Punjab Mental Hospital Lahore 1932-46 - 1932-1946
Year: 1932
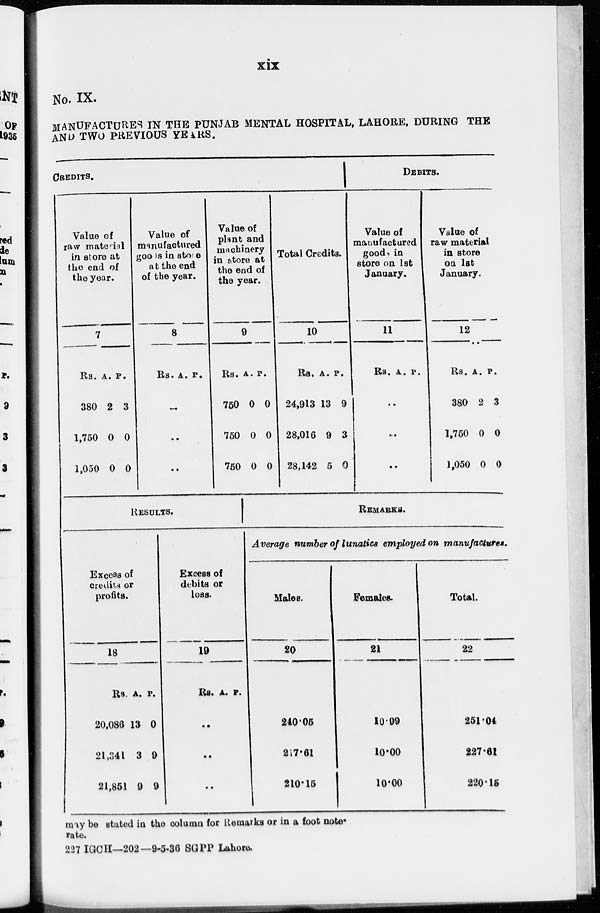
xix
No. IX.
MANUFACTURES IN THE PUNJAB MENTAL HOSPITAL, LAHORE, DURING THE
AND TWO PREVIOUS YEARS.
CREDITS.
Value of
raw material
in store at
the end of
the year.
7
Rs.
380
1,750
1,050
A.
2
0
0
P.
3
0
0
Value of
manufactured
goods in store
at the end
of the year.
8
Rs. A. P.
..
..
..
Value of
plant and
machinery
in store at
the end of
the year.
9
Rs.
750
750
750
A.
0
0
0
P.
0
0
0
Total Credits.
10
Rs.
24,913
28,016
28,142
A.
13
9
5
P.
9
3
0
DEBITS.
Value of
manufactured
goods in
store on 1st
January.
11
Rs. A. P.
..
..
..
Value of
raw material
in store
on 1st
January.
12
Rs.
380
1,750
1,050
A.
2
0
0
P.
3
0
0
RESULTS.
Excess of
credits or
profits.
18
Rs.
20,086
21,341
21,851
A.
13
3
9
P.
0
9
9
Excess of
debits or
loss.
19
Rs.
A. P.
..
..
..
REMARKS.
Average number of lunatics employed on manufactures.
Males.
20
240.05
217.61
210.15
Females.
21
10.99
10.00
10.00
Total.
22
251.04
227.61
220.15
may be stated in the column for Remarks or in a foot note.
rate.
227 IGCH—202— 9-5-36 SGPP Lahore.